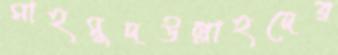
মাহমুদউল্লাহদের